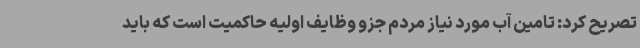
تصریح کرد: تامین آب مورد نیاز مردم جزو وظایف اولیه حاکمیت است که باید